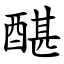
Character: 䤁